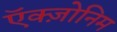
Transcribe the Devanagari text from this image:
ऍक्ज़ोनिम